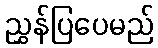
ညွှန်ပြပေမည်